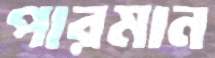
পারমান